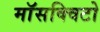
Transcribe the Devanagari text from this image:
माॅसक्विटो